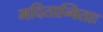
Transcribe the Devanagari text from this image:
मदितान्विताः